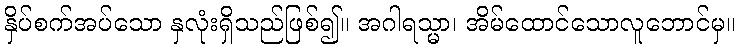
နှိပ်စက်အပ်သော နှလုံးရှိသည်ဖြစ်၍။ အဂါရသ္မာ၊ အိမ်ထောင်သောလူဘောင်မှ။